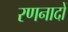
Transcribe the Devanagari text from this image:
रणनादों